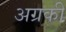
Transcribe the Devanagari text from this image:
अग्रकी